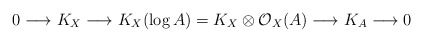
\begin{align*} 0\longrightarrow K_X\longrightarrow K_X(\log A)=K_X\otimes\mathcal{O}_X(A)\longrightarrow K_A\longrightarrow 0 \end{align*}